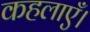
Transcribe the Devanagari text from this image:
कहलाएँ।